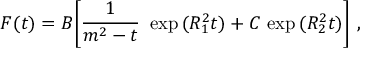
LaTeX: F ( t ) = B { \left[ \frac { 1 } { m ^ { 2 } - t } \ \exp { ( R _ { 1 } ^ { 2 } t ) } + C \, \exp { ( R _ { 2 } ^ { 2 } t ) } \right] } \ ,